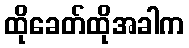
ထိုခေတ်ထိုအခါက